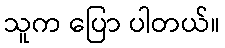
သူက ပြော ပါတယ်။